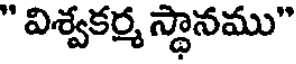
" విశ్వకర్మ స్థానము"